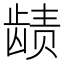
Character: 𬺉